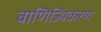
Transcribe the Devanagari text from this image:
बाणिज्यिकरण